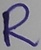
Text: R